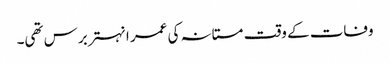
وفات کے وقت مستانہ کی عمر انہتر برس تھی۔